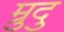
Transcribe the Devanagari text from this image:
म्रुदु